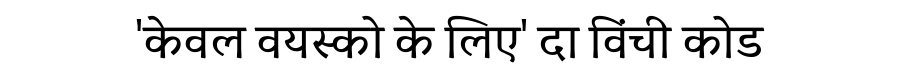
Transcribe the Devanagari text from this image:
'केवल वयस्को के लिए' दा विंची कोड